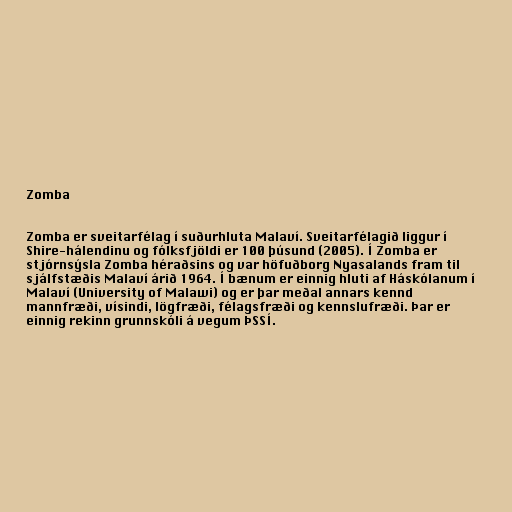
Zomba

Zomba er sveitarfélag í suðurhluta Malaví. Sveitarfélagið liggur í
Shire-hálendinu og fólksfjöldi er 100 þúsund (2005). Í Zomba er
stjórnsýsla Zomba héraðsins og var höfuðborg Nyasalands fram til
sjálfstæðis Malaví árið 1964. Í bænum er einnig hluti af Háskólanum í
Malaví (University of Malawi) og er þar meðal annars kennd
mannfræði, vísindi, lögfræði, félagsfræði og kennslufræði. Þar er
einnig rekinn grunnskóli á vegum ÞSSÍ.